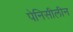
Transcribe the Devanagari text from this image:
पेनिसीलीन